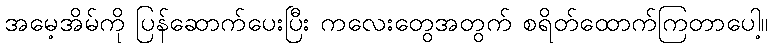
အမေ့အိမ်ကို ပြန်ဆောက်ပေးပြီး ကလေးတွေအတွက် စရိတ်ထောက်ကြတာပေါ့။